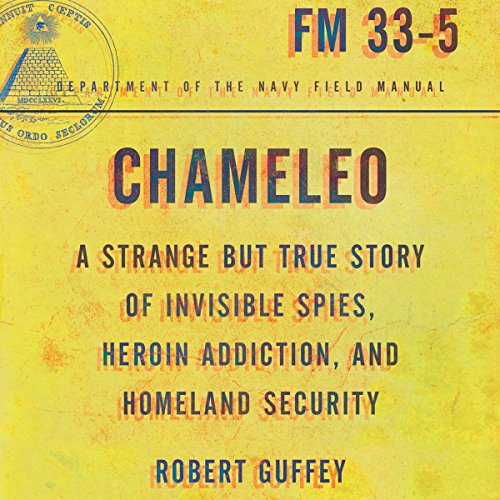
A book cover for Chameleo: A Strange but True Story of Invisible Spies, Heroin Addiction, and Homeland Security; Robert Guffey; Medical Books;